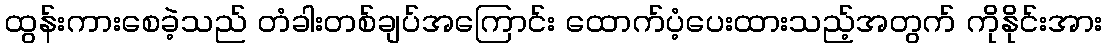
ထွန်းကားစေခဲ့သည် တံခါးတစ်ချပ်အကြောင်း ထောက်ပံ့ပေးထားသည့်အတွက် ကိုနိုင်းအား